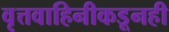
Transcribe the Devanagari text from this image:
वृत्तवाहिनीकडूनही